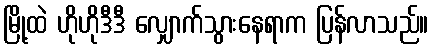
မြို့ထဲ ဟိုဟိုဒီဒီ လျှောက်သွားနေရာက ပြန်လာသည်။